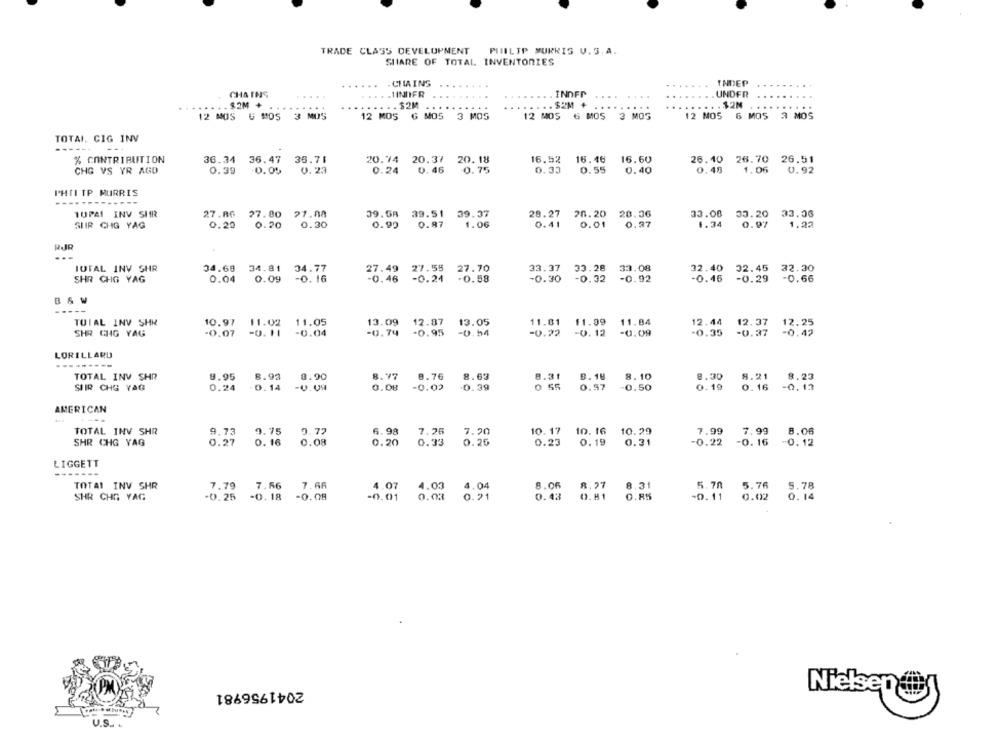
TRADE CLASS DEVELOPMENT PHILIP MURKIS U.S.A.
SHARE OF TOTAL INVENTORIES
.. . CHAINS
INDEP
.....
...
CHAINS
.....
. . . . 1INIFR
INDFP
UNDER
$2M +
... $2M + .
. $2M
....
... .. $2M
.......
12 MOS G MOS 3 MUS
12 MOS G MOS 3 MOS
12 MOS & MOS 3 MOS
12 MOS 6 MOS 3 MOS
TOTAL. CIG INV
% CONTRIBUTION
36.34 36.47
36.71
20.74 20.37 20. 18
16.52
16.46
16.60
26.10 26.70 26.51
CHG VS YR AGD
0.39
0.05
0. 23
0.24
0.46
0.75
0.33
0.55
0.40
0.48
1.06
0.92
PHILIP MORRIS
------
TUPAI INV SHR
27.86 27.80 27.00
39.58 39.51 39.37
28.27 28.20 20.36
33.08
30.20 33.06
1.34
SUR CHG YAG
0.20
0.20
0.30
0.90
0.87
1.06
0.41
0.01
0.87
0.97
1.22
RJR
TOTAL INV SHR
34.68 34.81 34.77
27.49 27.55
27.70
33.37
33.08
32.40 32.45
32.30
SHR CHG YAG
0.04
0.09
-0. 16
-0.46
-0.24
-0.58
-0.30 -0.32 -0.92
-0.46 -0.29 -0,66
BSW
TOTAL INV SHR
10.97 11.02 11.05
13.09
12.87
13.05
11.61
11.84
SHR CHG YAG
-0.07
-0. 11
-0.04
-0.74
-0.95
-0.54
-0.22 -0.12 - 0.09
12.44 12:37 12.25
LORILLARD
--------
TOTAL INV SHR
9.95
8.93
8.90
8.77
8.76
8.63
8.31
0.18
8.10
8.30
8.21
8.23
. 0.14
-U.09
0.08
-0.02
.0.39
55
0.57
-0.50
0.19
-0.13
SIIR CHS YAG
0.24
0.16
AMERICAN
TOTAL INV SHR
9.73
9.75
0.72
6.98
7.26
7.20
10.17 10. 16
10.29
7.99
7.99
8.06
SHR CHG YAG
0.27
0. 16
0.08
0.20
0.33
0.25
0.23
0.19
0.31
-0.22
-0. 16
-0.12
LIGGETT
TOTAL INV SHR
7.79
7.66
7. 66
4.07
4.03
4.04
8.06 8.27
5.70
5.76
SHR CHE YAG
.0.25
-0.18
-0.08
-0.01
0.03
0.21
0.43
0.81
-0.11
0.02
0. 14
2041956981
Nielsen@
U.S. .